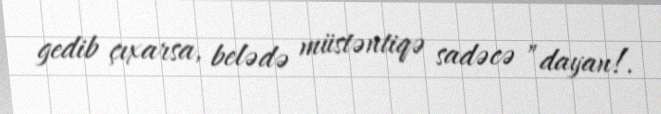
gedib çıxarsa, belədə müstəntiqə sadəcə ”dayan!.